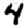
Digit: 4